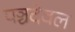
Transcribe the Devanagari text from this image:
पञ्चदेवल